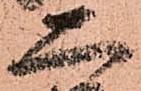
二